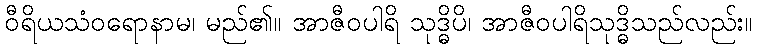
ဝီရိယသံဝရောနာမ၊ မည်၏။ အာဇီဝပါရိ သုဒ္ဓိပိ၊ အာဇီဝပါရိသုဒ္ဓိသည်လည်း။